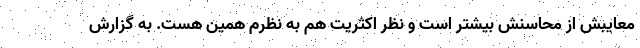
معایبش از محاسنش بیشتر است و نظر اکثریت هم به نظرم همین هست. به گزارش